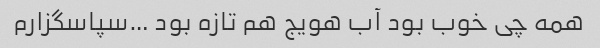
همه چی خوب بود آب هویج هم تازه بود …سپاسگزارم